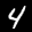
Label: 4